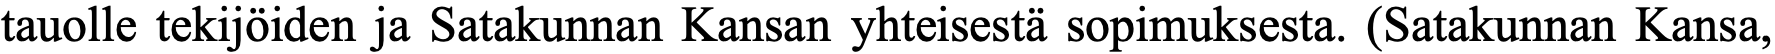
tauolle tekijöiden ja Satakunnan Kansan yhteisestä sopimuksesta. (Satakunnan Kansa,